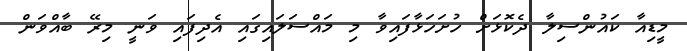
މީޑިއާ ކައުންސިލާ ދެކޮޅަށް ހުށަހަޅާފައިވާ މި މައްސަލައިގައި އެދިފައި ވަނީ މިރޭ ބާއްވަން